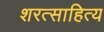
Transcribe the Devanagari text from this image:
शरत्साहित्य